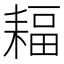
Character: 𦔆